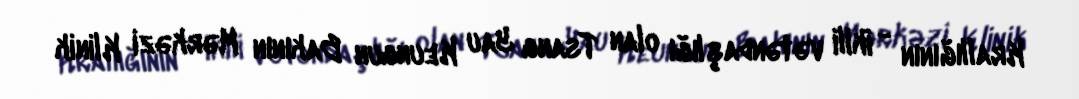
Krallığının - ikili vətəndaşlığı olan Tsang Yau Keungun Bakının Mərkəzi Klinik